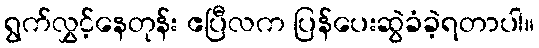
ရွက်လွှင့်နေတုန်း ဧပြီလက ပြန်ပေးဆွဲခံခဲ့ရတာပါ။